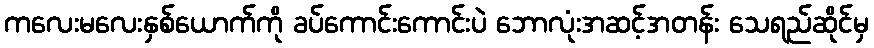
ကလေးမလေးနှစ်ယောက်ကို ခပ်ကောင်းကောင်းပဲ ဘောလုံးအဆင့်အတန်း သေရည်ဆိုင်မှ